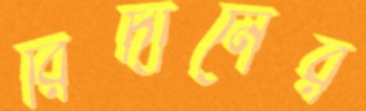
রিদানের